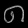
Digit: ၈